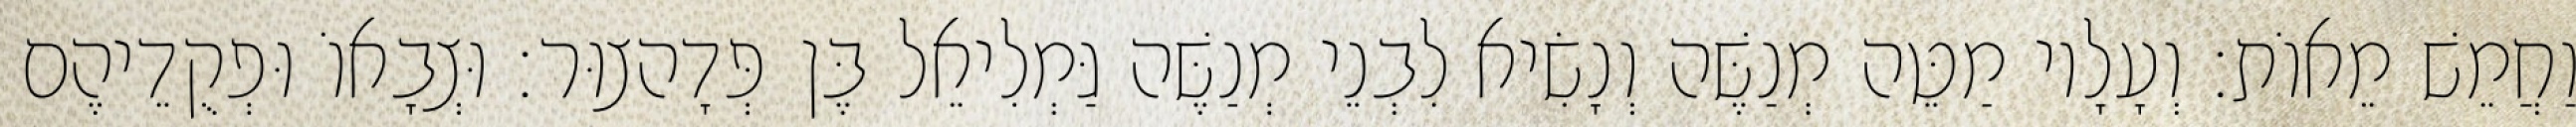
וַחֲמֵשׁ מֵאוֹת׃ וְעָלָיו מַטֵּה מְנַשֶּׁה וְנָשִׂיא לִבְנֵי מְנַשֶּׁה גַּמְלִיאֵל בֶּן פְּדָהצוּר׃ וּצְבָאוֹ וּפְקֻדֵיהֶם